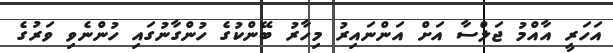
އަހަރީ އާއްމު ޖަލްސާ އަށް އަންނައިރު މިހާރު ބޭންކުގެ ހުންގާނުގައި ހުންނެވި ވަރުގެ